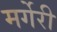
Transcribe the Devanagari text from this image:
मर्गेरी